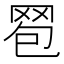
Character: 𦊠